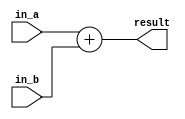
module adder #(
  parameter DATA_WIDTH = 32
)(
  input [DATA_WIDTH-1:0] in_a,
  input [DATA_WIDTH-1:0] in_b,

  output reg [DATA_WIDTH-1:0] result
);

always @(*) begin
  result = in_a + in_b;
end

endmodule